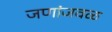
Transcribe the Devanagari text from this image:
जणांजवळ